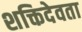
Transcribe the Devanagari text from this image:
शक्तिदेवता